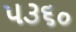
૫૩૬૦